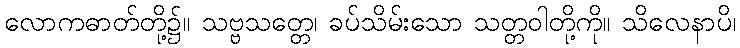
လောကဓာတ်တို့၌။ သဗ္ဗသတ္တေ၊ ခပ်သိမ်းသော သတ္တဝါတို့ကို။ သိလေနာပိ၊